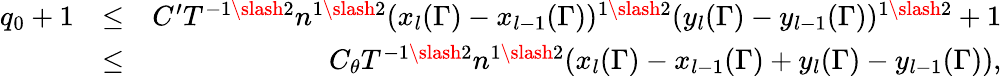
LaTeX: \begin{array}{rlr}{q_{0}+1}&{\leq}&{C^{\prime}T^{-1\slash 2}n^{1\slash 2}(x_{l}(\Gamma)-x_{l-1}(\Gamma))^{1\slash 2}(y_{l}(\Gamma)-y_{l-1}(\Gamma))^{1\slash 2}+1}\\ &{\leq}&{C_{\theta}T^{-1\slash 2}n^{1\slash 2}(x_{l}(\Gamma)-x_{l-1}(\Gamma)+y_{l}(\Gamma)-y_{l-1}(\Gamma)),}\end{array}